Medical and sanitary report of the native army of Bengal for the year
Year: 1875
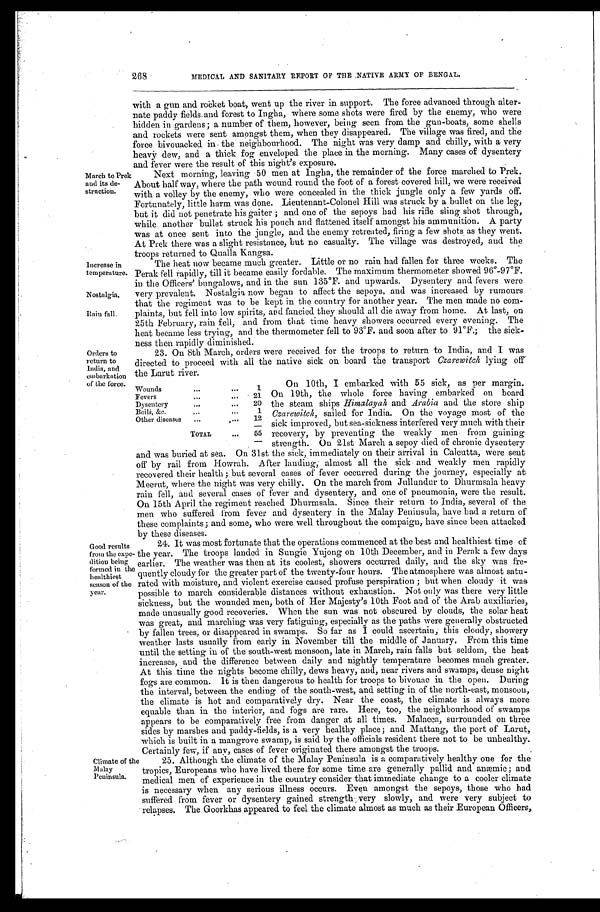
208
March to Prek
and its de-
struction.
MEDICAL AND SANITARY REPORT OF THE NATIVE ARMY OF BENGAL.
with a gun and rocket boat, went up the river in support. The force advanced through alter
- n a t e p a d d y f i e l d s a n d f o r e s t t o I n g h a , w h e r e s o m e s h o t s w e r e f i r e d b y t h e e n e m y , w h o w e r e
hidden in gardens; a number of them, however, being seen from the gun-boats, some shells
and rockets were sent amongst them, when they disappeared. The village was fired, and the
force bivouacked in the neighbourhood. The night was very damp and chilly, with a very
heavy dew, and a thick fog enveloped the place in the morning. Many cases of dysentery
and fever were the result of this night's exposure.
Next morning, leaving 50 men at Ingha, the remainder of the force marched to Prek.
About half way, Where the path wound round the foot of a forest covered hill, we were received
with a volley by the enemy, who were concealed in the thick jungle only a few yards off.
Fortunately, little harm was done. Lieutenant-Colonel Hill was struck by a bullet on the leg,
but it did not penetrate his gaiter; and one of the sepoys had his rifle sling shot through,
while another bullet struck his pouch and flattened itself amongst his ammunition. A party
was at once sent into the jungle, and the enemy retreated, firing a few shots, as they went.
At Prek there was a slight resistance, but no casualty. The village was destroyed, and the
troops returned to Qualla Kangsa.
The heat now became much greater. Little or no rain had fallen for three weeks. The
Perak fell rapidly, till it became easily fordable. The maximum thermometer showed 96°-97°F.
in the Officers' bungalows, and in the sun 135°F. and upwards. Dysentery and fevers were
Nostalgia. very prevalent. Nostalgia now began to affect the sepoys, and was increased by rumours
that the regiment was to be kept in the country for another year. The men made no co
m- plaints but fell into low spirits, and fancied they should all die away from home. At last, on
25th February, rain fell, and from that time heavy showers occurred every evening. The
heat became less trying, and the thermometer fell to 93°F. and soon after to 91°F.; the sick-
n e s s t h e n r a p i d l y d i mi n i s h e d .
23.On 8th March, orders were received for the troops to return to India, and I wa
s d i r e c t e d t o p r o c e e d w i t h a l l t h e n a t i v e s i c k o n b o a r d t h e t r a n s p o r tC
z a r e w i t c h
l y i n g o f f
the Larut river.
On 10th, I embarked with 55 sick, as per margin.
On 19th, the whole force having embarked on board
the steam ships Himalayah and Arabia and the store ship
Czarewitch, sailed for India. On the voyage most of the
sick improved, but sea-sickness interfered very much with their
recovery, by preventing the weakly men from gaining
strength. On 21st March a sepoy died of chronic dysentery
and was buried at sea. On 31st the sick, immediately on their arrival in Calcutta, were sent
off by rail from Howrah. After landing, almost all the sick, and weakly men rapidly
recovered their health; but several cases of fever occurred during the journey, especially at
Meerut, where the night was very chilly. On the march from Jullundur to Dhurmsala heavy
rain fell, and several cases of fever and dysentery, and one of pneumonia, were the result.
On 15th April the regiment reached Dhurmsala. Since their return to India, several of the
men who suffered from fever and dysentery in the Malay Peninsula, have had a return of
these complaints; and some, who were well throughout the compaign, have since been attacked
by these diseases.
results resu
Good results from the expe-
dition being formed in the healthiest
season of the year.
24. It was most fortunate that the operations commenced at the best and healthiest time
of the year. The troops landed in Sungie Yujong on 10th December, and in Perak a few days
earlier. The weather was then at its coolest, showers occurred daily, and the sky was
fre-quently cloudy for the greater part of the twenty-four hours. The atmosphere was almost satu-
rated with moisture, and violent exercise caused profuse perspiration; but when cloudy it was
possible to march considerable distances without exhaustion. Not only was there very little
sickness, but the wounded men, both of Her Majesty's 10th Foot and of the Arab auxiliaries,
made unusually good recoveries. When the sun was not obscured by clouds, the solar heat
was great, and marching was very fatiguing, especially as the paths were generally obstructed
by fallen trees, or disappeared in swamps. So far as I could ascertain, this cloudy, showery
weather lasts usually from early in November till the middle of January. From this time
until the setting in of the south-west monsoon, late in March, rain falls but seldom, the heat
increases, and the difference between daily and nightly temperature becomes much greater.
At this time the nights become chilly, dews heavy, and, near rivers and swamps, dense night
fogs are common. It is then dangerous to health for troops to bivouac in the open. During
the interval, between the ending of the south-west, and setting in of the north-east, monsoon,
the climate is hot and comparatively dry. Near the coast, the climate is always more
equable than in the interior, and fogs are rare. Here, too, the neighbourhood of swamps
appears to be comparatively free from danger at all times. Malacca, surrounded on three
sides by marshes and paddy-fields, is a very healthy place; and Mattang, the port of Larut,
which is built in a mangrove swamp, is said by the officials resident there not to be unhealthy.
Certainly few if any, cases of fever originated there amongst the troops.
increase in
temperature.
Orders to
return to
:India, and
embarkation
of the force. Wounds
1
Fevers
21
Dysentery
20
Boils, &c.
1
Other diseases
12
TOTAL
55
Climate of the
Malay
Peninsula.
25. Although the climate of the Malay Peninsula is a comparatively healthy one for the
tropics, Europeans who have lived there for some time are generally pallid and anæmic; and
medical men of experience in the country consider that immediate change to a cooler climate
is necessary when any serious illness occurs. Even amongst the sepoys, those who had
suffered from fever or dysentery gained strength very slowly, and were very subject to
relapses. The Goorkhas appeared to feel the climate almost as much as their European Officers,